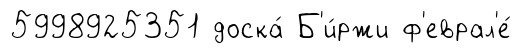
5998925351 доска́ Б'и́ржи ф'еврал'е́